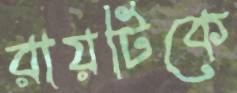
রায়টিকে